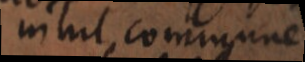
nihil commune